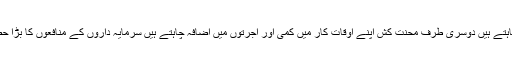
وہ کم سے کم اجرت دے کر زیادہ سے کام لینا چاہتے ہیں دوسری طرف محنت کش اپنے اوقات کار میں کمی اور اجرتوں میں اضافہ چاہتے ہیں سرمایہ داروں کے منافعوں کا بڑا حصہ محنت کشوں کے استحصال پر مبنی ہوتا ہے۔